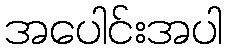
အပေါင်းအပါ